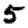
Digit: 5